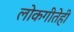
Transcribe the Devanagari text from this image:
लोकगीतेही